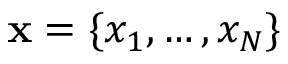
\mathbf x = \{ x _ { 1 } , \dots , x _ { N } \}